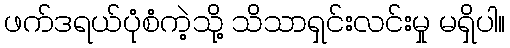
ဖက်ဒရယ်ပုံစံကဲ့သို့ သိသာရှင်းလင်းမှု မရှိပါ။